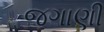
જગાણી